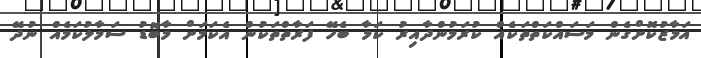
އަމާޒުކޮށްގެން މަސައްކަތްތަކެއް ކުރަމުންދާއިރު ކަމާ ބެހޭ ފަރާތްތަކުން އެކަމަށް މާބޮޑު ސަމާލުކަމެއް ނުދޭ